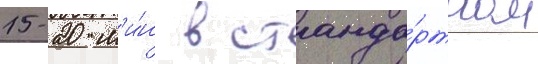
15-20 м'и́н в станда́ртном